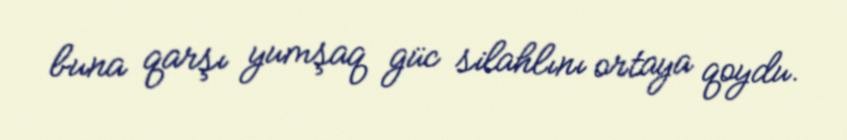
buna qarşı yumşaq güc silahlını ortaya qoydu.